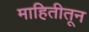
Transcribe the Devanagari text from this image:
माहितीतून